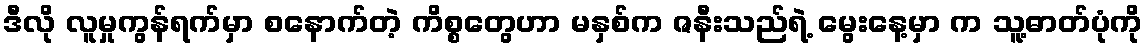
ဒီလို လူမှုကွန်ရက်မှာ စနောက်တဲ့ ကိစ္စတွေဟာ မနှစ်က ဇနီးသည်ရဲ့ မွေးနေ့မှာ က သူ့ဓာတ်ပုံကို